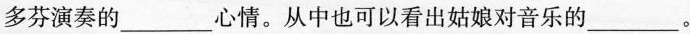
多芬演奏的___心情。从中也可以看出姑娘对音乐的___。